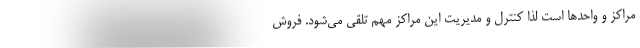
مراکز و واحدها است لذا کنترل و مدیریت این مراکز مهم تلقی می‌شود. فروش